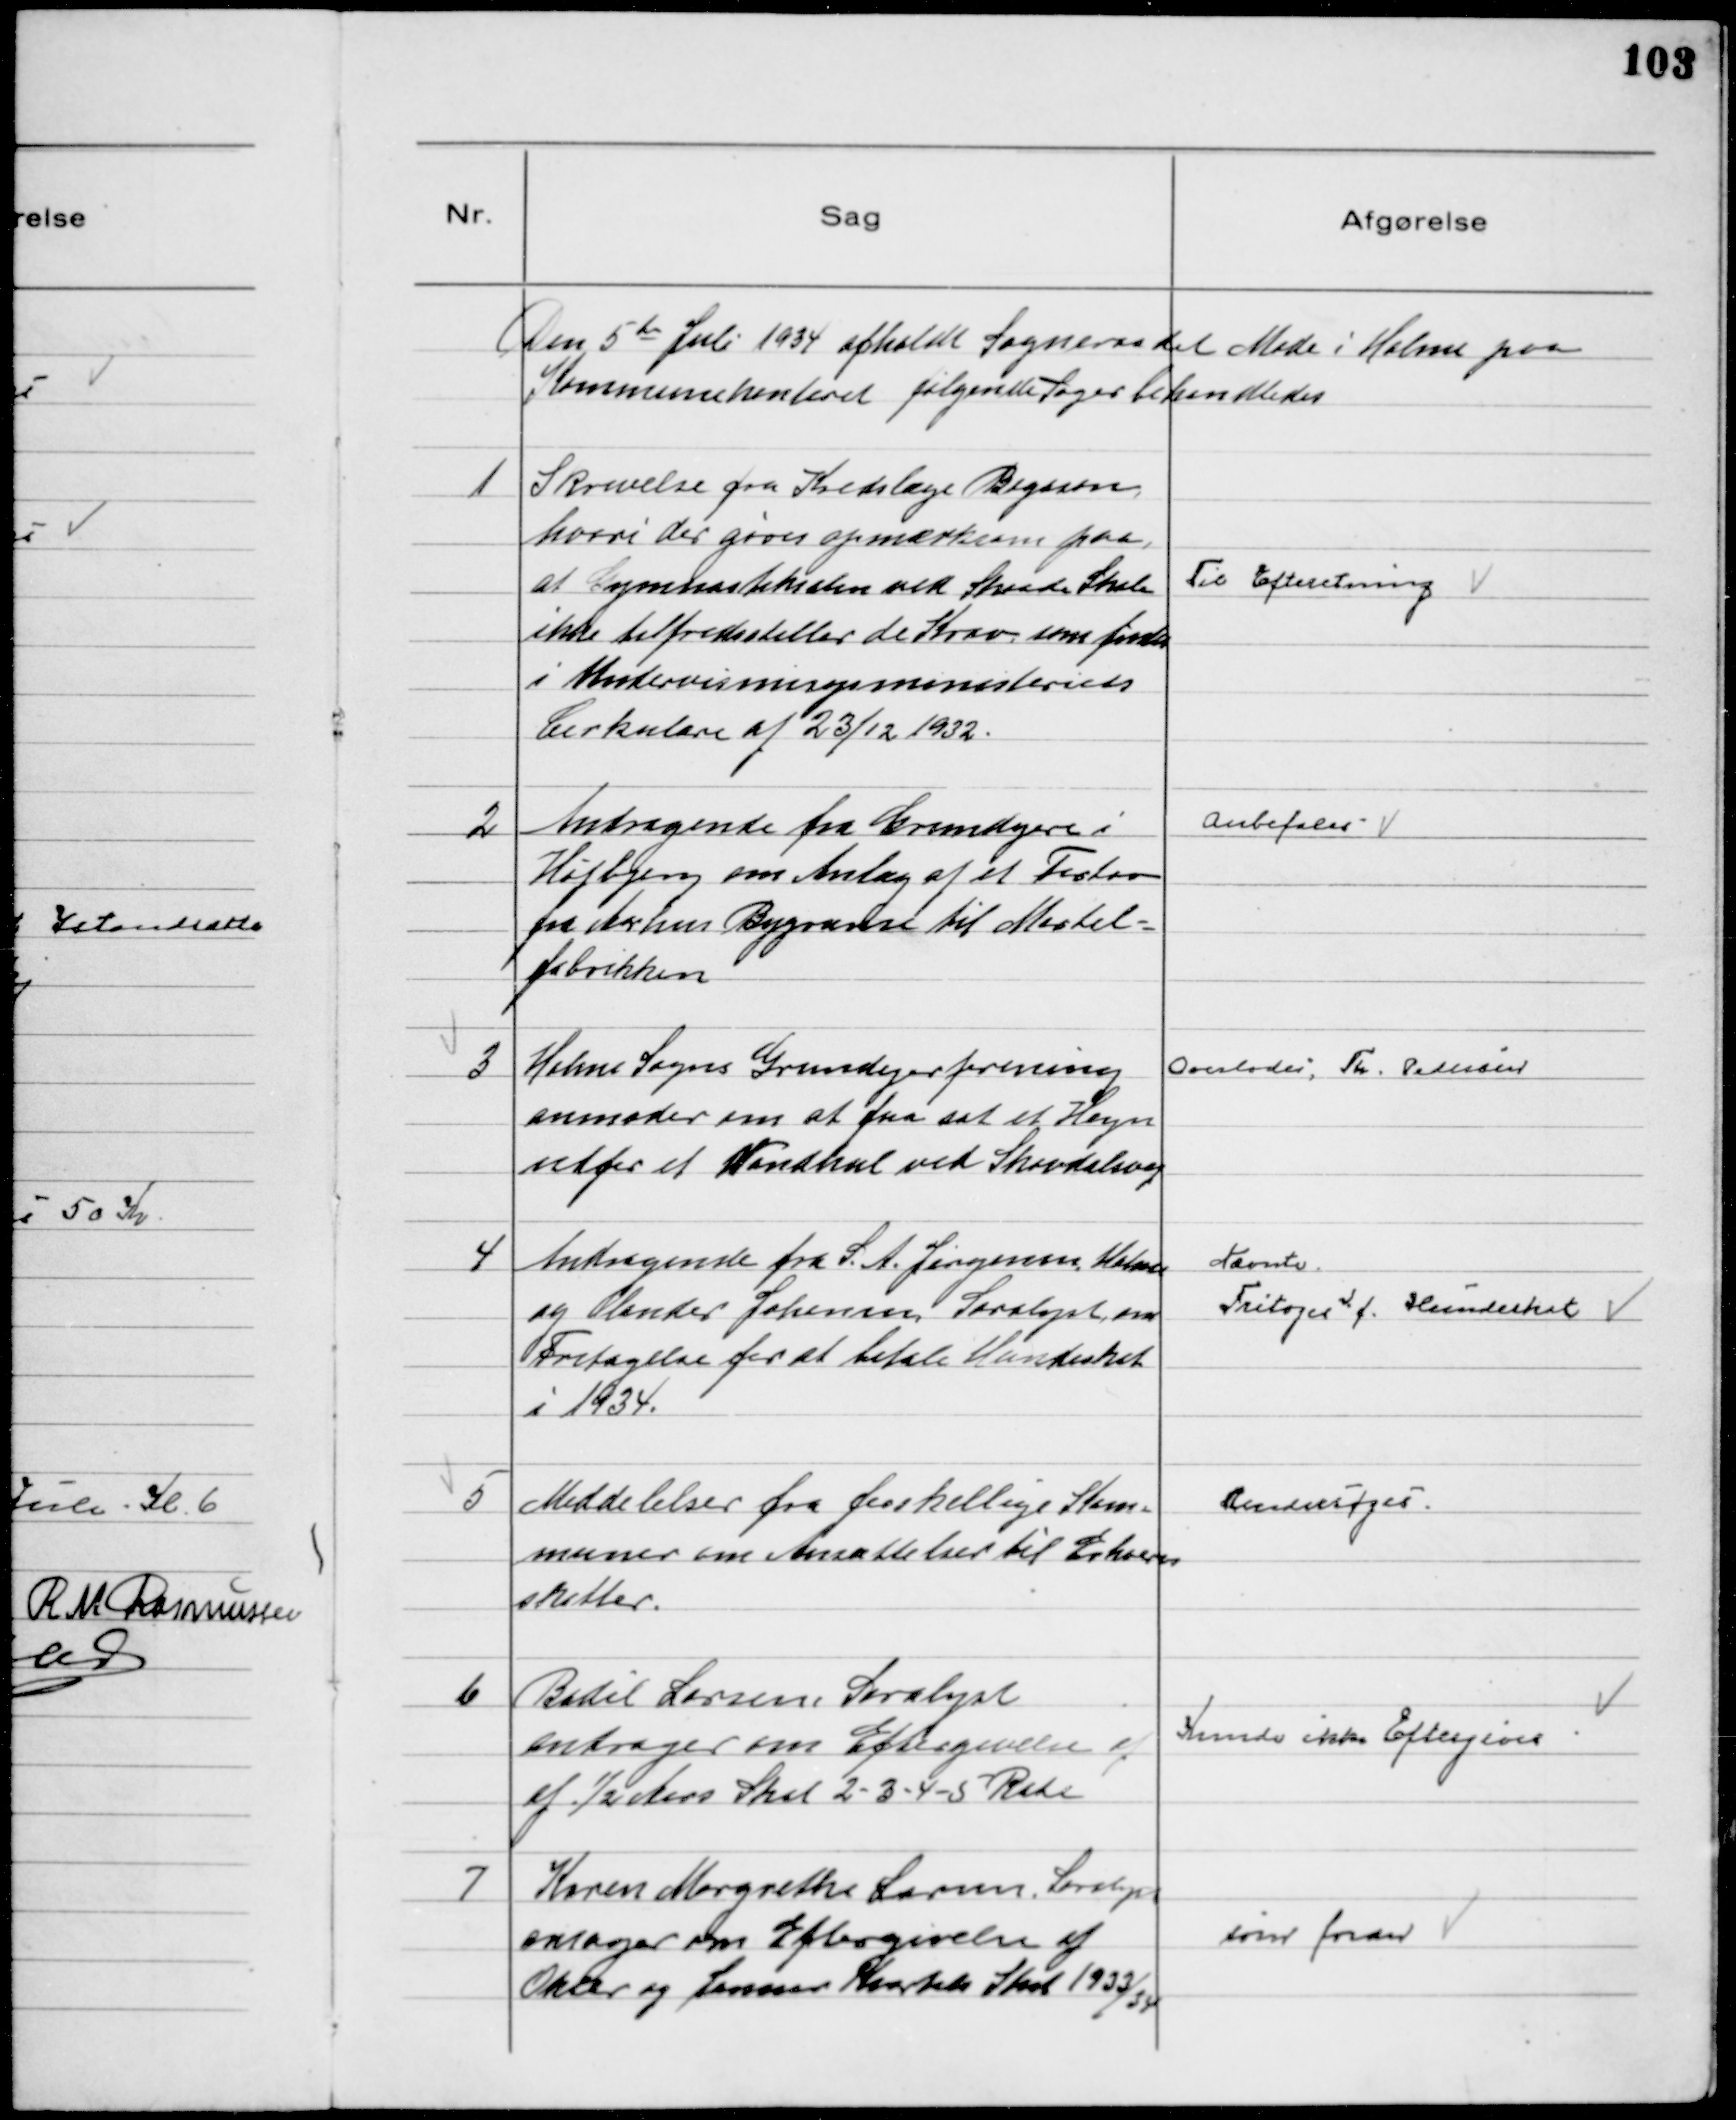
Transskription:
Den 5te Juli 1934 afholdt Sogneraadet Møde i Holme paa
Kommunekontoret følgende Sager behandledes

1
Skrivelse fra Kredslæge Bogason,
hvori der gøres opmærksom paa,
at Gymnastiksalen ved Skaade Skole
ikke tilfredsstiller de Krav, som findes
i Undervisningsministeriets
Cirkulære af 23/12 1932.

Til Efteretning

2
Andragende fra Grundejere i
Højbjerg om Anlæg af et Fortov
fra Aarhus Bygrænse til Mørtel=
fabrikken

Anbefales

3
Holme Sogns Grundejerforening
anmoder om at faa sat et Hegn
udfor et Vandhul ved Skovdalsvej

Overlodes, Th. Pedersen

4
Andragende fra S. A. Jørgensen Holme
og Olander Johansen, Saralyst, om
Fritagelse for at betale Hundeskat
i 1934.

Nævnte
Fritages f. Hundeskat

5
Meddelelser fra forskellige Kom=
muner om Ansættelser til Erhvervs
skatter.

Undersøges

6
Bodil Larsen Saralyst
andrager om Eftergivelse af
af ½ Aars Skat 2 - 3 - 4 - 5 Rate

Kunde ikke Eftergives

7
Karen Margrethe Larsen Saralyst
andrager om Eftergivelse af
Oktbr og Januar Kvartals Skat 1933/34

som foran